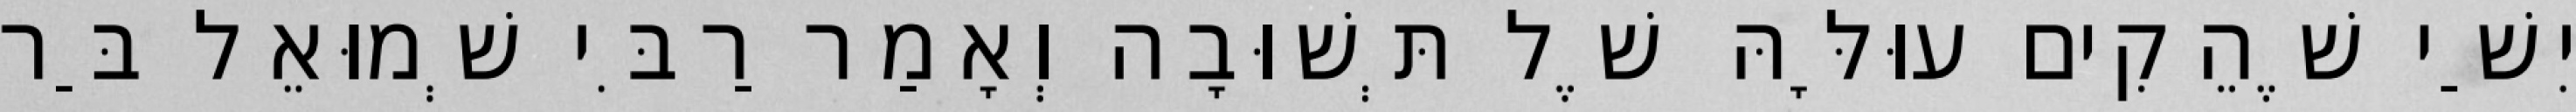
יִשַׁי שֶׁהֵקִים עוּלָּהּ שֶׁל תְּשׁוּבָה וְאָמַר רַבִּי שְׁמוּאֵל בַּר